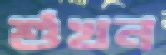
শুঁখন